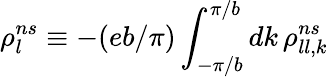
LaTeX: \rho_{l}^{ns}\equiv-(eb/\pi)\int_{-\pi/b}^{\pi/b}dk\, \rho_{ll,k}^{ns}